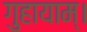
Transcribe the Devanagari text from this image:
गुहायाम्।